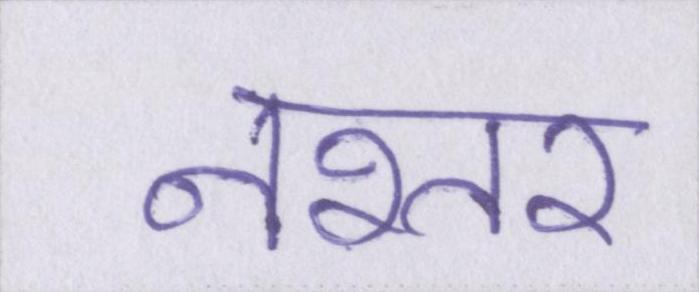
नश्तर